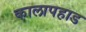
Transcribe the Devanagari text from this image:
कालापहाड